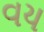
વય